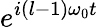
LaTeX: e^{i(l-1)\omega_{0}t}